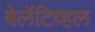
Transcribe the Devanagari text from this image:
बेलॅटिव्हल